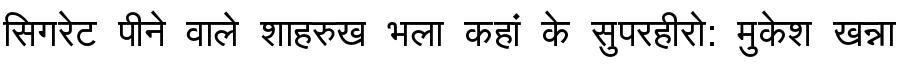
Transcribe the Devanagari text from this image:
सिगरेट पीने वाले शाहरुख भला कहां के सुपरहीरो: मुकेश खन्ना